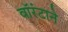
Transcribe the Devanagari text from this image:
वॉरंटाने